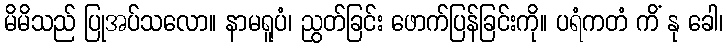
မိမိသည် ပြုအပ်သလော။ နာမရူပံ၊ ညွတ်ခြင်း ဖောက်ပြန်ခြင်းကို။ ပရံကတံ ကိံ နု ခေါ၊